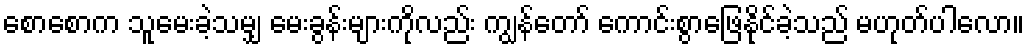
စောစောက သူမေးခဲ့သမျှ မေးခွန်းများကိုလည်း ကျွန်တော် ကောင်းစွာဖြေနိုင်ခဲ့သည် မဟုတ်ပါလော။